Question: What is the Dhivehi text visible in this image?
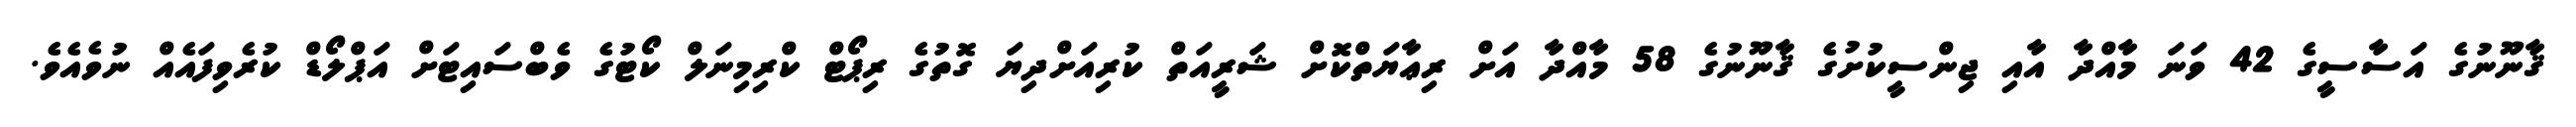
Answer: ޤާނޫނުގެ އަސާސީގެ 42 ވަނަ މާއްދާ އާއި ޖިންސީކުށުގެ ޤާނޫނުގެ 58 މާއްދާ އަށް ރިޢާޔަތްކޮށް ޝަރީއަތް ކުރިއަށްދިޔަ ގޮތުގެ ރިޕޯޓް ކްރިމިނަލް ކޯޓުގެ ވެބްސައިޓަށް އަޕްލޯޑް ކުރެވިފައެއް ނުވެއެވެ.